Indian journal of veterinary science and animal husbandry - Volume 2,
Year: 1932
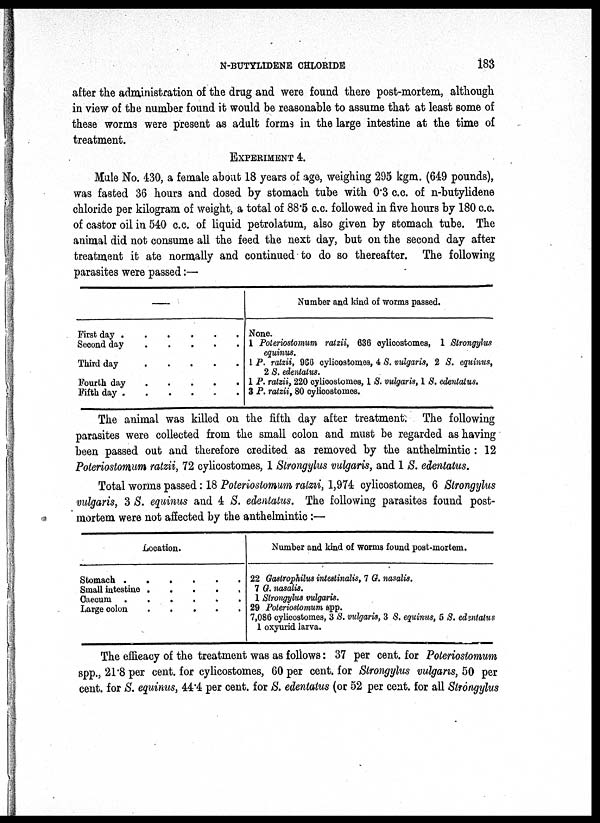
N-BUTYLIDENE CHLORIDE
183
after the administration of the drug and were found there post-mortem, although
in view of the number found it would be reasonable to assume that at least some of
these worms were present as adult forms in the large intestine at the time of
treatment.
EXPERIMENT 4.
Mule No. 430, a female about 18 years of age, weighing 295 kgm. (649 pounds),
was fasted 36 hours and dosed by stomach tube with 0.3 c.c. of n-butylidene
chloride per kilogram of weight, a total of 88.5 c.c. followed in five hours by 180 c.c.
of castor oil in 540 c.c. of liquid petrolatum, also given by stomach tube. The
animal did not consume all the feed the next day, but on the second day after
treatment it ate normally and continued to do so thereafter. The following
parasites were passed:—
—
First day
Second day
.
Third day
.
Fourth day
.
Fifth day
.
Number and kind of worms passed.
None.
1 Poteriostomum ratzii, 636 cylicostomes, 1 Strongylus
equinus.
1 P. ratzii, 966 cylicoatomes, 4 S. vulgaris, 2 S. equinus,
2 S. edeniatus.
1 P. ratzii, 220 cylicostomes, 1 S. vulgaris, 1 S. edentatus.
3 P. ratzii, 80 cylicostomes.
The animal was killed on the fifth day after treatment; The following
parasites were collected from the small colon and must be regarded as having
been passed out and therefore credited as removed by the anthelmintic : 12
Poteriostomum ratzii, 72 cylicostomes, 1 Strongylus vulgaris, and 1 S. edentatus.
Total worms passed: 18 Poteriostomum ratzii, 1,974 cylicostomes, 6 Strongylus
vulgaris, 3 S. equinus and 4 S. edentatus. The following parasites found post-
mortem were not affected by the anthelmintic:—
Location.
Stomach . . . . . .
Small intestine .
.
.
.
.
Caecum
.
.
.
.
.
.
Large colon . . . . . .
Number and kind of worms found post-mortem.
22 Gastrophilus intestinalis, 7 G. nasalis.
7 G. nasalis.
1 Strongylus vulgaris.
29 Poteriostomum spp.
7,086 cylicostomes, 3 S. vulgaris, 3 S. equinus, 5 S. edentatus
1 oxyurid larva.
The effieacy of the treatment was as follows: 37 per cent. for Poteriostomum
spp., 21.8 per cent. for cylicostomes, 60 per cent. for Strongylus vulgaris, 50 per
cent. for S. equinus, 44.4 per cent. for S. edentatus (or 52 per cent. for all Strongylus